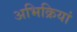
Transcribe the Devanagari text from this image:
अभिक्रियां